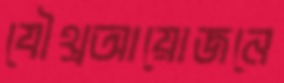
যৌথ্রআয়োজনে